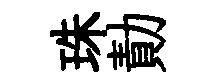
珠勣